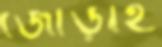
জোড়াই